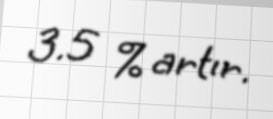
3.5 % artır.